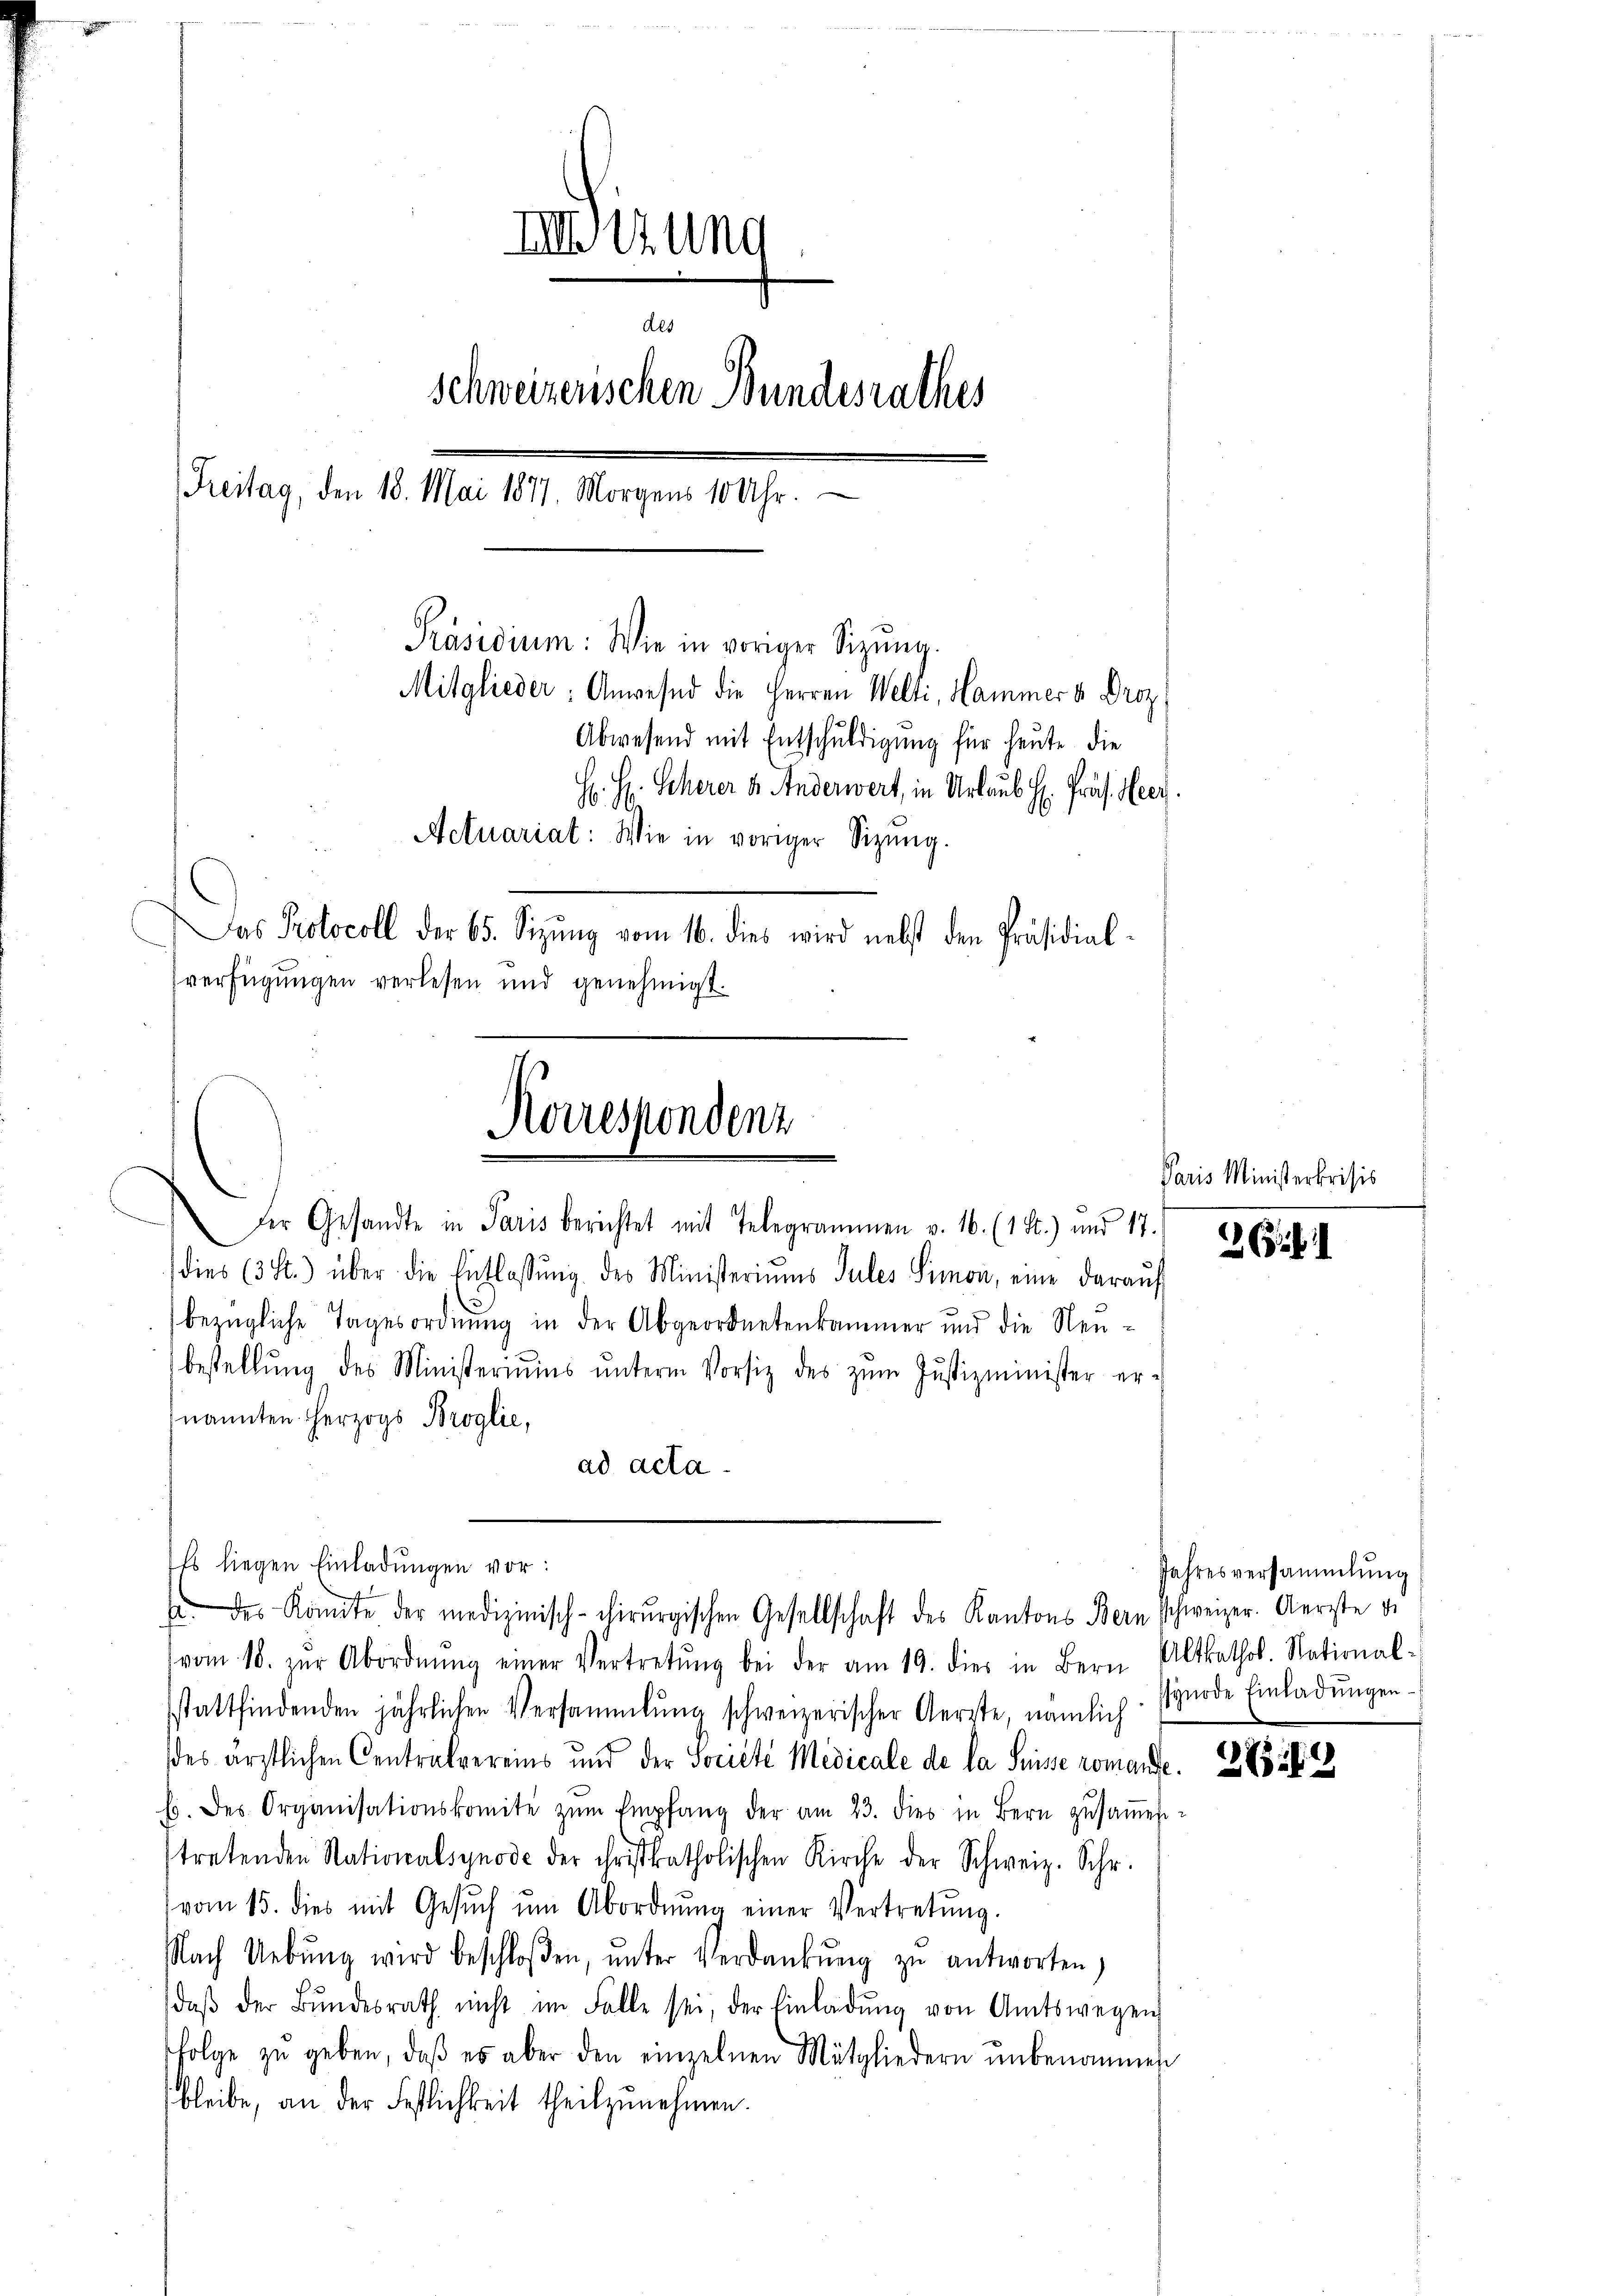
nedigung
des
Schweizerischen Bundesrathes
ritag, den 10. Mai 1891
Präsidium: Wie in voriger Sitzŭng.
Mitglieder: Anwesend die Herren Welti, Hammer v. Droz.
Abwesend mit Entschuldigung für heute die
H. H. Scherer u. Anderwert, in Urlaub H. Präs. Heer.
Actuariat: Wie in voriger Sitzŭng.
Das Protocoll der 65. Sizŭng vom 16. dies wird nebst den Präsidial-
sverfügungen verlesen und genehmigt.

bezügliche Tagesordnung in der Abgeordnetenkammer und die Neu-
bestellŭng des Ministeriums ŭnterm Vorsitz des zŭm Justizminister er-
ad acta
vom 18. zŭr Abordnŭng einer Vertretŭng bei der am 19. dies in Bern Altkathol. National-
sstattfindenden jährlichen Versammlung schweizerischer Aerzte, nämlich wurde Einladŭngen.
des ärztlichen Centralvereins und der Societe Medicale de la Suisse romante. 283 f. 69
h. des Organisationskomite zŭm Empfang der am 23. dies in Bern zŭsaṁen-
stretenden Nationalsynode der christkatholischen Kirche der Schweiz. Schr.
vom 15. dies mit Gesŭch ŭm Abordnŭng einer Vertretung.
Nach Uebŭng wird beschloßen, ŭnter Verdankŭng zu antworten,
daβ der Bŭndesrath nicht im Falle sei, der Einladŭng von Amtswegen
folge zu geben, daβ es aber den einzelnen Mitgliedern ŭnbenommen
bleibe, an der Festlichkeit theilzunehmen.

Norrespondenz

Der Gesandte in Paris berichtet mit Telegrammen v. 16. (1 St.) und 17.
dies (3 f.) über die Entlassŭng des Ministeriums Sules Simon, eine daraŭf

nannten herzogs Broglie,

Es liegen Einladungen vor:
E. des Könnte der medizinisch-chirurgischen Gesellschaft des Kantons Bern schweizer. Gerste di

Paris Ministerkrisis

G.1

Jahresversammlung